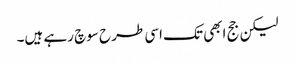
لیکن جج ابھی تک اسی طرح سوچ رہے ہیں۔